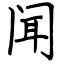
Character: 闻